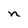
Character: n